Document type: Sale
Year: 1499
Scribe: Joan Martínez de Sòria
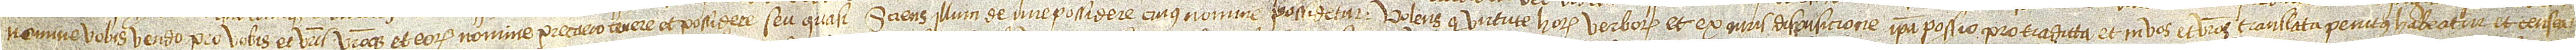
nomine vobis vendo pro vobis et vestris vestroque et eorum nomine predicto tenere et possidere seu quasi. Sciens illum de iure possidere, cuius nomine possidetur. Volensque virtute horum verborum et ex iuris dispusicione ipsa possessio pro traditta et in vos et vestros translata penitus habeatur et censea-